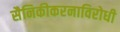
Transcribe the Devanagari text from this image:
सैनिकीकरनाविरोधी